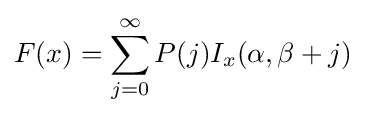
F(x)=\sum _{j=0}^{\infty }P(j)I_{x}(\alpha ,\beta +j)